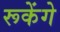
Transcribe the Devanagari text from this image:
रूकेंगे